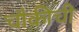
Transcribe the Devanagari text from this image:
चौकीची